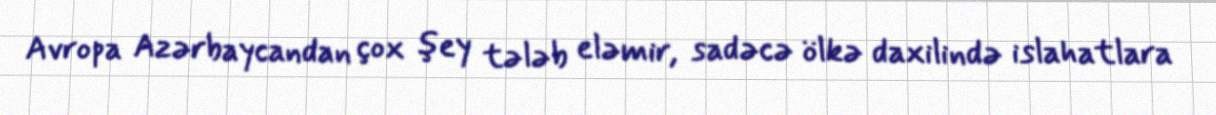
Avropa Azərbaycandan çox şey tələb eləmir, sadəcə ölkə daxilində islahatlara